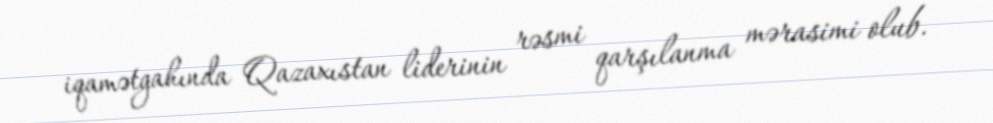
iqamətgahında Qazaxıstan liderinin rəsmi qarşılanma mərasimi olub.